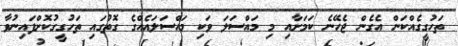
ތަހުގީގެއްކަން އެގެން ޖެހޭނެ ކަމަށާއި މި މައްސަލަ ވަކި މައްސަލައެއްގެ ގޮތުގައި ތަހުގީގުކޮށްފައިނުވާ